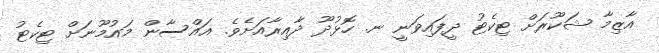
އާޒިމާ ޝަކޫރަށް ޓިކެޓު ދީފައިވަނީ ނ. ހޮޅުދޫ ދާއިރާއަށެވެ. ޣައްސާން މައުމޫނަށް ޓިކެޓު